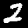
Digit: 2